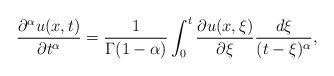
LaTeX: \begin{align*} \frac{\partial^\alpha u(x,t)}{\partial t^\alpha}=\frac{1}{\Gamma(1-\alpha)} \int^t_0\frac{\partial u(x,\xi)}{\partial \xi}\frac{d\xi}{(t-\xi)^\alpha},\end{align*}